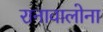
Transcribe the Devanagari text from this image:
रानावालोना